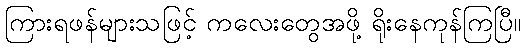
ကြားရဖန်များသဖြင့် ကလေးတွေအဖို့ ရိုးနေကုန်ကြပြီ။